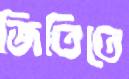
জিতিতে